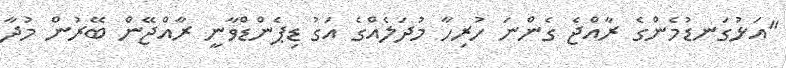
"އަޅުގަނޑުމެންގެ ރާއްޖެ ގެންނަ ހުރިހާ މުދަލެއްގެ އަގު ޑިޕެންޑްވާނީ ރާއްޖޭން ބޭރުން މުދާ